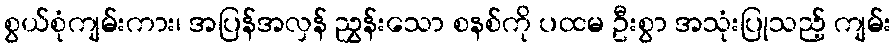
စွယ်စုံကျမ်းကား၊ အပြန်အလှန် ညွှန်းသော စနစ်ကို ပထမ ဦးစွာ အသုံးပြုသည့် ကျမ်း